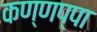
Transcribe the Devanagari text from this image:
कण्णप्पा